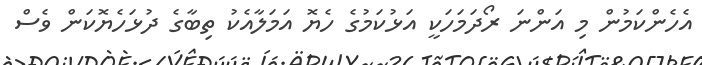
އެހެންކަމުން މި އަންނަ ރޯދަމަހަކީ އަޅުކަމުގެ ހެޔޮ އަމަލާއެކު ތިބާގެ ދުޅަހެޔޮކަން ވެސް